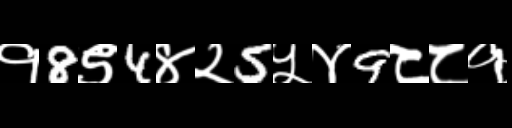
Text: १8९4४२5५४9८८१